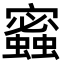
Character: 𧓫